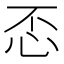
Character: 𢗫